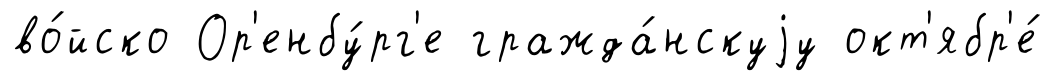
во́йско Ор'енбу́рг'е гражда́нскуjу окт'ябр'е́